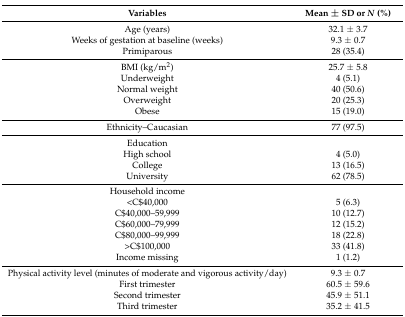
<table><thead><tr><td><b>Variables</b></td><td><b>Mean ± SD or <i>N</i> (%)</b></td></tr></thead><tbody><tr><td>Age (years)</td><td>32.1 ± 3.7</td></tr><tr><td>Weeks of gestation at baseline (weeks)</td><td>9.3 ± 0.7</td></tr><tr><td>Primiparous</td><td>28 (35.4)</td></tr><tr><td>BMI (kg/m<sup>2</sup>)</td><td>25.7 ± 5.8</td></tr><tr><td>Underweight</td><td>4 (5.1)</td></tr><tr><td>Normal weight</td><td>40 (50.6)</td></tr><tr><td>Overweight</td><td>20 (25.3)</td></tr><tr><td>Obese</td><td>15 (19.0)</td></tr><tr><td>Ethnicity–Caucasian</td><td>77 (97.5)</td></tr><tr><td>Education</td><td>[EMPTY_CELL]</td></tr><tr><td>High school</td><td>4 (5.0)</td></tr><tr><td>College</td><td>13 (16.5)</td></tr><tr><td>University</td><td>62 (78.5)</td></tr><tr><td>Household income</td><td>[EMPTY_CELL]</td></tr><tr><td><c><td>5 (6.3)</td></c></td></tr><tr><td>C$40,000–59,999</td><td>10 (12.7)</td></tr><tr><td>C$60,000–79,999</td><td>12 (15.2)</td></tr><tr><td>C$80,000–99,999</td><td>18 (22.8)</td></tr><tr><td>&gt;C$100,000</td><td>33 (41.8)</td></tr><tr><td>Income missing</td><td>1 (1.2)</td></tr><tr><td>Physical activity level (minutes of moderate and vigorous activity/day)</td><td>9.3 ± 0.7</td></tr><tr><td>First trimester</td><td>60.5 ± 59.6</td></tr><tr><td>Second trimester</td><td>45.9 ± 51.1</td></tr><tr><td>Third trimester</td><td>35.2 ± 41.5</td></tr></tbody></table>